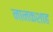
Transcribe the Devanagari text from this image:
नानकशाह